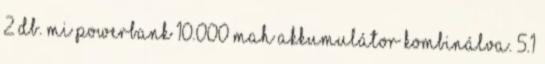
2 db. MI Powerbank 10.000 mAh akkumulátor kombinálva. 5.1